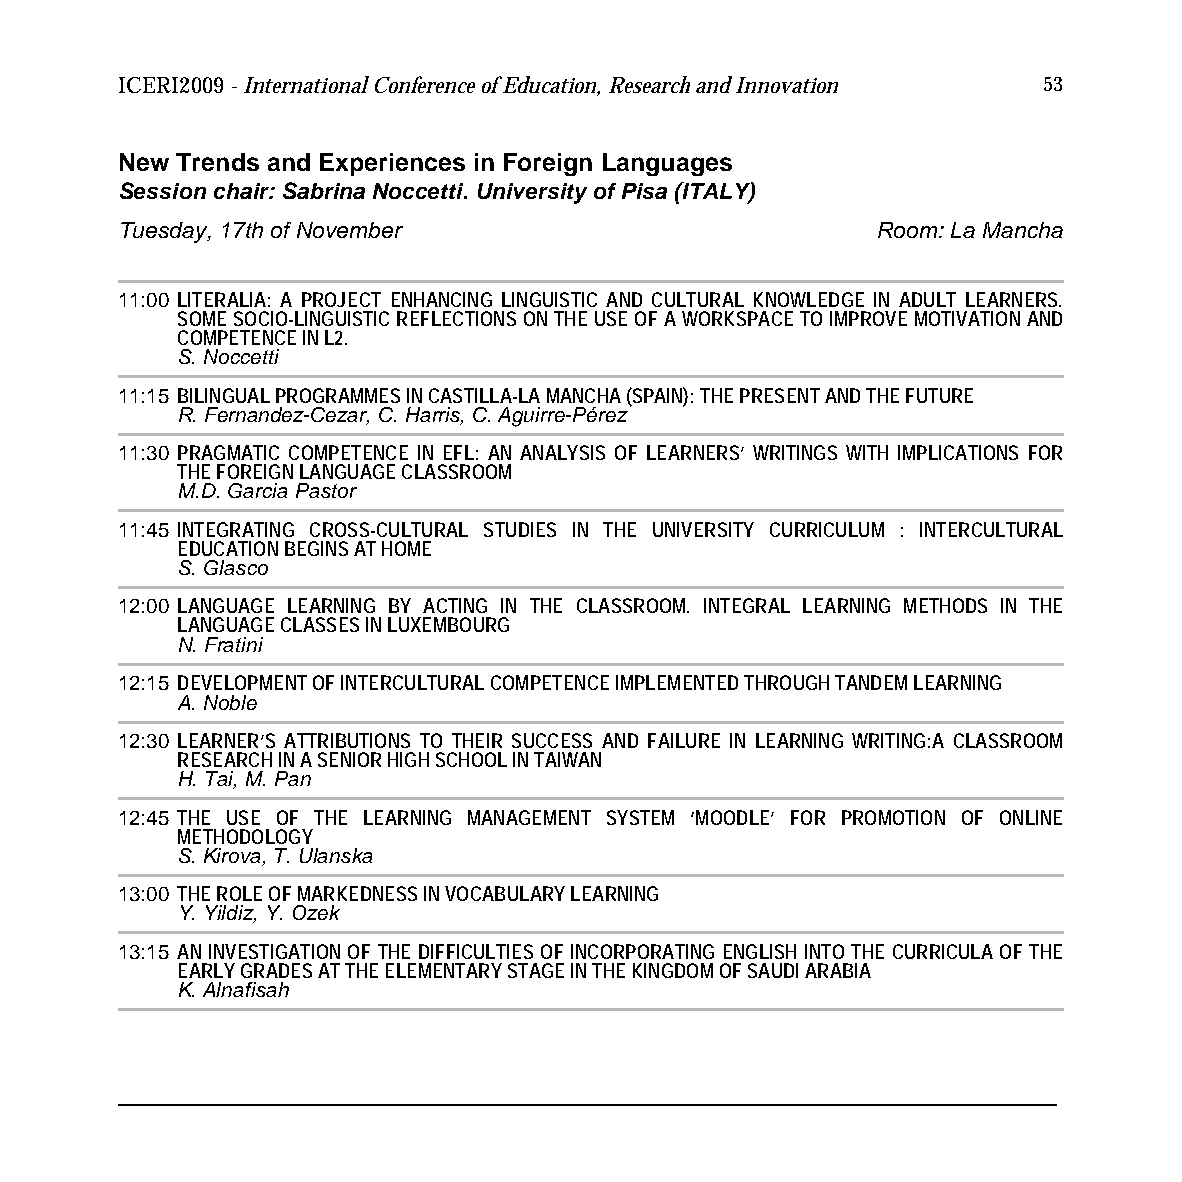
ICERI2009 - International Conference of Education, Research and Innovation 53
 New Trends and Experiences in Foreign Languages
 Session chair: Sabrina Noccetti. University of Pisa (ITALY)
 Tuesday, 17th of November                         Room: La Mancha
 11:00 LITERALIA: A PROJECT ENHANCING LINGUISTIC AND CULTURAL KNOWLEDGE IN ADULT LEARNERS.
 SOME SOCIO-LINGUISTIC REFLECTIONS ON THE USE OF A WORKSPACE TO IMPROVE MOTIVATION AND
 COMPETENCE IN L2.
 S. Noccetti
 11:15 BILINGUAL PROGRAMMES IN CASTILLA-LA MANCHA (SPAIN): THE PRESENT AND THE FUTURE
 R. Fernandez-Cezar, C. Harris, C. Aguirre-Pérez
 11:30 PRAGMATIC COMPETENCE IN EFL: AN ANALYSIS OF LEARNERS’ WRITINGS WITH IMPLICATIONS FOR
 THE FOREIGN LANGUAGE CLASSROOM
 M.D. Garcia Pastor
 11:45 INTEGRATING CROSS-CULTURAL STUDIES IN THE UNIVERSITY CURRICULUM : INTERCULTURAL
 EDUCATION BEGINS AT HOME
 S. Glasco
 12:00 LANGUAGE LEARNING BY ACTING IN THE CLASSROOM. INTEGRAL LEARNING METHODS IN THE
 LANGUAGE CLASSES IN LUXEMBOURG
 N. Fratini
 12:15 DEVELOPMENT OF INTERCULTURAL COMPETENCE IMPLEMENTED THROUGH TANDEM LEARNING
 A. Noble
 12:30 LEARNER’S ATTRIBUTIONS TO THEIR SUCCESS AND FAILURE IN LEARNING WRITING:A CLASSROOM
 RESEARCH IN A SENIOR HIGH SCHOOL IN TAIWAN
 H. Tai, M. Pan
 12:45 THE USE OF THE LEARNING MANAGEMENT SYSTEM ‘MOODLE’ FOR PROMOTION OF ONLINE
 METHODOLOGY
 S. Kirova, T. Ulanska
 13:00 THE ROLE OF MARKEDNESS IN VOCABULARY LEARNING
 Y. Yildiz, Y. Ozek
 13:15 AN INVESTIGATION OF THE DIFFICULTIES OF INCORPORATING ENGLISH INTO THE CURRICULA OF THE
 EARLY GRADES AT THE ELEMENTARY STAGE IN THE KINGDOM OF SAUDI ARABIA
 K. Alnafisah